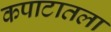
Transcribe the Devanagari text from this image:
कपाटातला